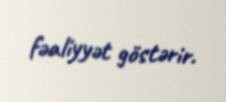
fəaliyyət göstərir.